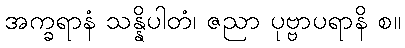
အက္ခရာနံ သန္နိပါတံ၊ ဇညာ ပုဗ္ဗာပရာနိ စ။